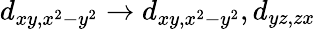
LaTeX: d_{xy,x^{2}-y^{2}}\rightarrow d_{xy,x^{2}-y^{2}},d_{yz,zx}